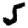
Digit: 5